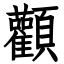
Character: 顴